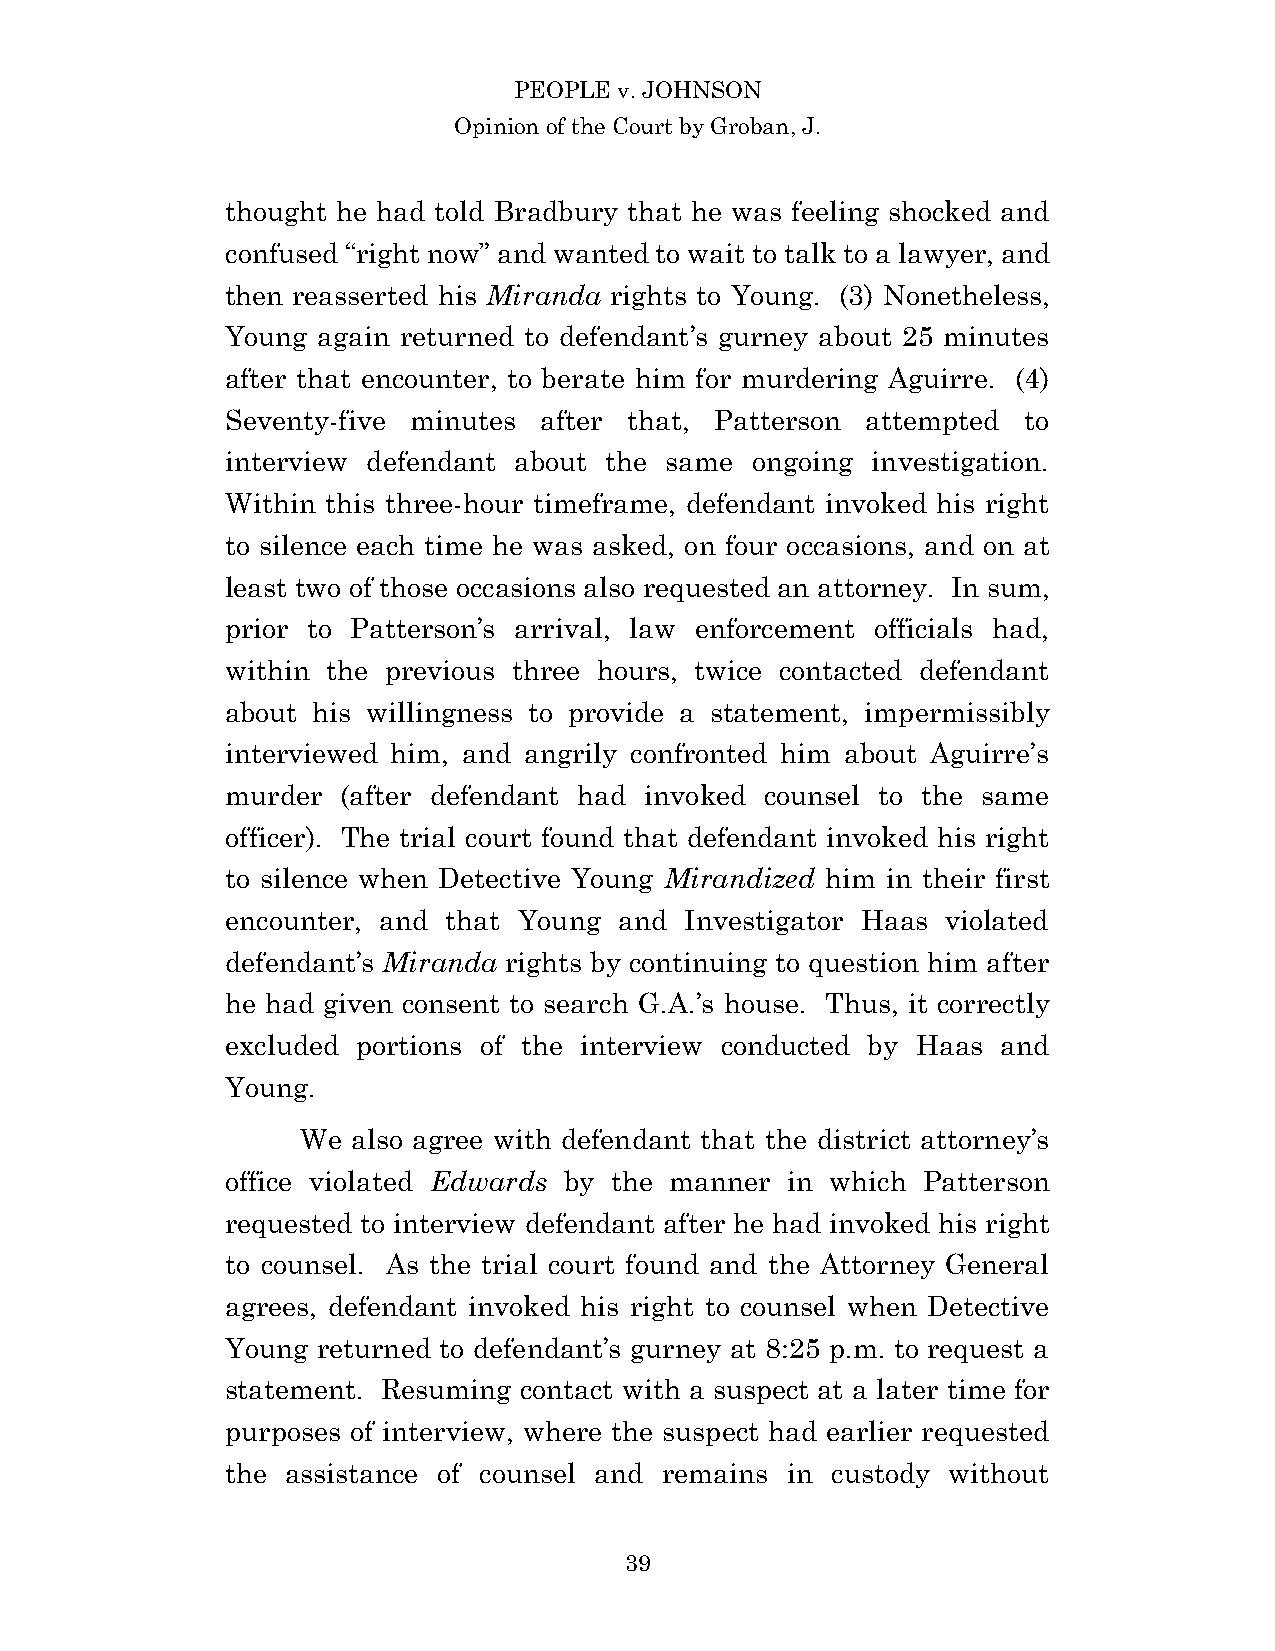
PEOPLE v. JOHNSON
 Opinion of the Court by Groban, J.
 thought he had told Bradbury that he was feeling shocked and
 confused “right now” and wanted to wait to talk to a lawyer, and
 then reasserted his Miranda rights to Young. (3) Nonetheless,
 Young again returned to defendant’s gurney about 25 minutes
 after that encounter, to berate him for murdering Aguirre. (4)
 Seventy-five minutes after that, Patterson attempted to
 interview defendant about the same ongoing investigation.
 Within this three-hour timeframe, defendant invoked his right
 to silence each time he was asked, on four occasions, and on at
 least two of those occasions also requested an attorney. In sum,
 prior to Patterson’s arrival, law enforcement officials had,
 within the previous three hours, twice contacted defendant
 about his willingness to provide a statement, impermissibly
 interviewed him, and angrily confronted him about Aguirre’s
 murder  (after defendant had invoked counsel to the same
 officer). The trial court found that defendant invoked his right
 to silence when Detective Young Mirandized him in their first
 encounter, and that Young and Investigator Haas violated
 defendant’s Miranda rights by continuing to question him after
 he had given consent to search G.A.’s house. Thus, it correctly
 excluded portions of the interview conducted by Haas and
 Young.
 We also agree with defendant that the district attorney’s
 office violated Edwards by the manner in which Patterson
 requested to interview defendant after he had invoked his right
 to counsel. As the trial court found and the Attorney General
 agrees, defendant invoked his right to counsel when Detective
 Young returned to defendant’s gurney at 8:25 p.m. to request a
 statement. Resuming contact with a suspect at a later time for
 purposes of interview, where the suspect had earlier requested
 the assistance of counsel and remains in custody without
 3 9